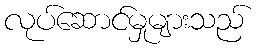
လုပ်ဆောင်မှုများသည်